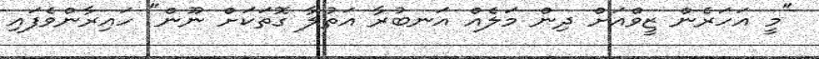
"މީ އަހަރެން ޒީވްއަށް ދިން މަލެއް އަނބުރާ އަތުލާ ގޮތަކަށް ނޫން" ހައިރާންވެފައި